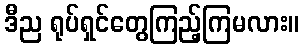
ဒီည ရုပ်ရှင်တွေကြည့်ကြမလား။